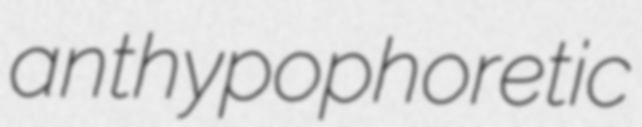
anthypophoretic